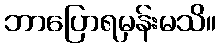
ဘာပြောရမှန်းမသိ။